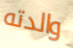
والدته